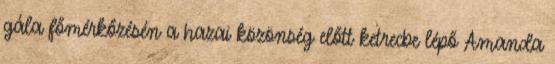
gála főmérkőzésén a hazai közönség előtt ketrecbe lépő Amanda